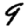
Digit: 9